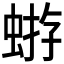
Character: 𧌕